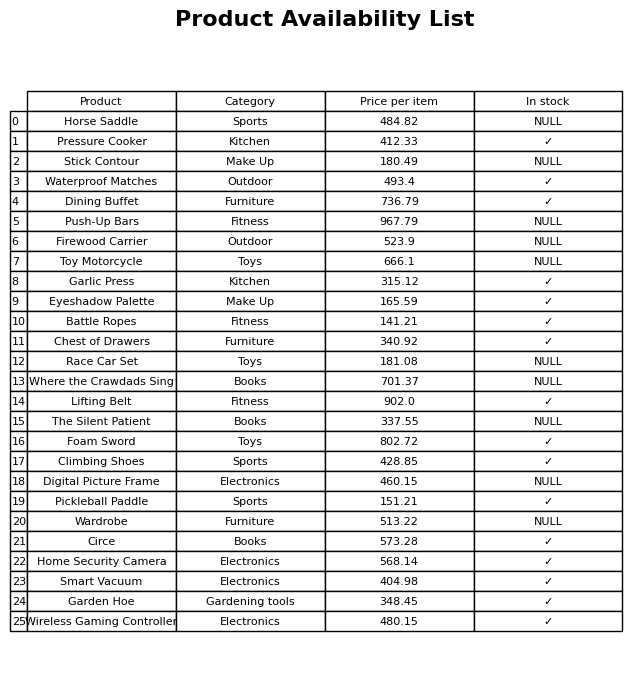
question: What is the price for Pressure Cooker?
answer: The price of Pressure Cooker is 412.33.